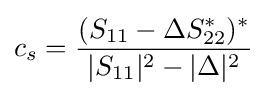
c_{s}={\frac {(S_{11}-\Delta S_{22}^{*})^{*}}{|S_{11}|^{2}-|\Delta |^{2}}}